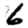
Digit: 6